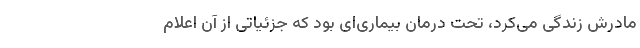
مادرش زندگی می‌کرد، تحت درمان بیماری‌ای بود که جزئیاتی از آن اعلام